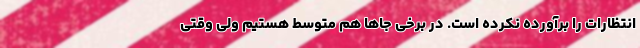
انتظارات را برآورده نکرده است. در برخی جاها هم متوسط هستیم ولی وقتی